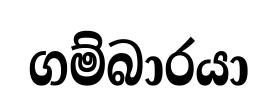
ගම්බාරයා